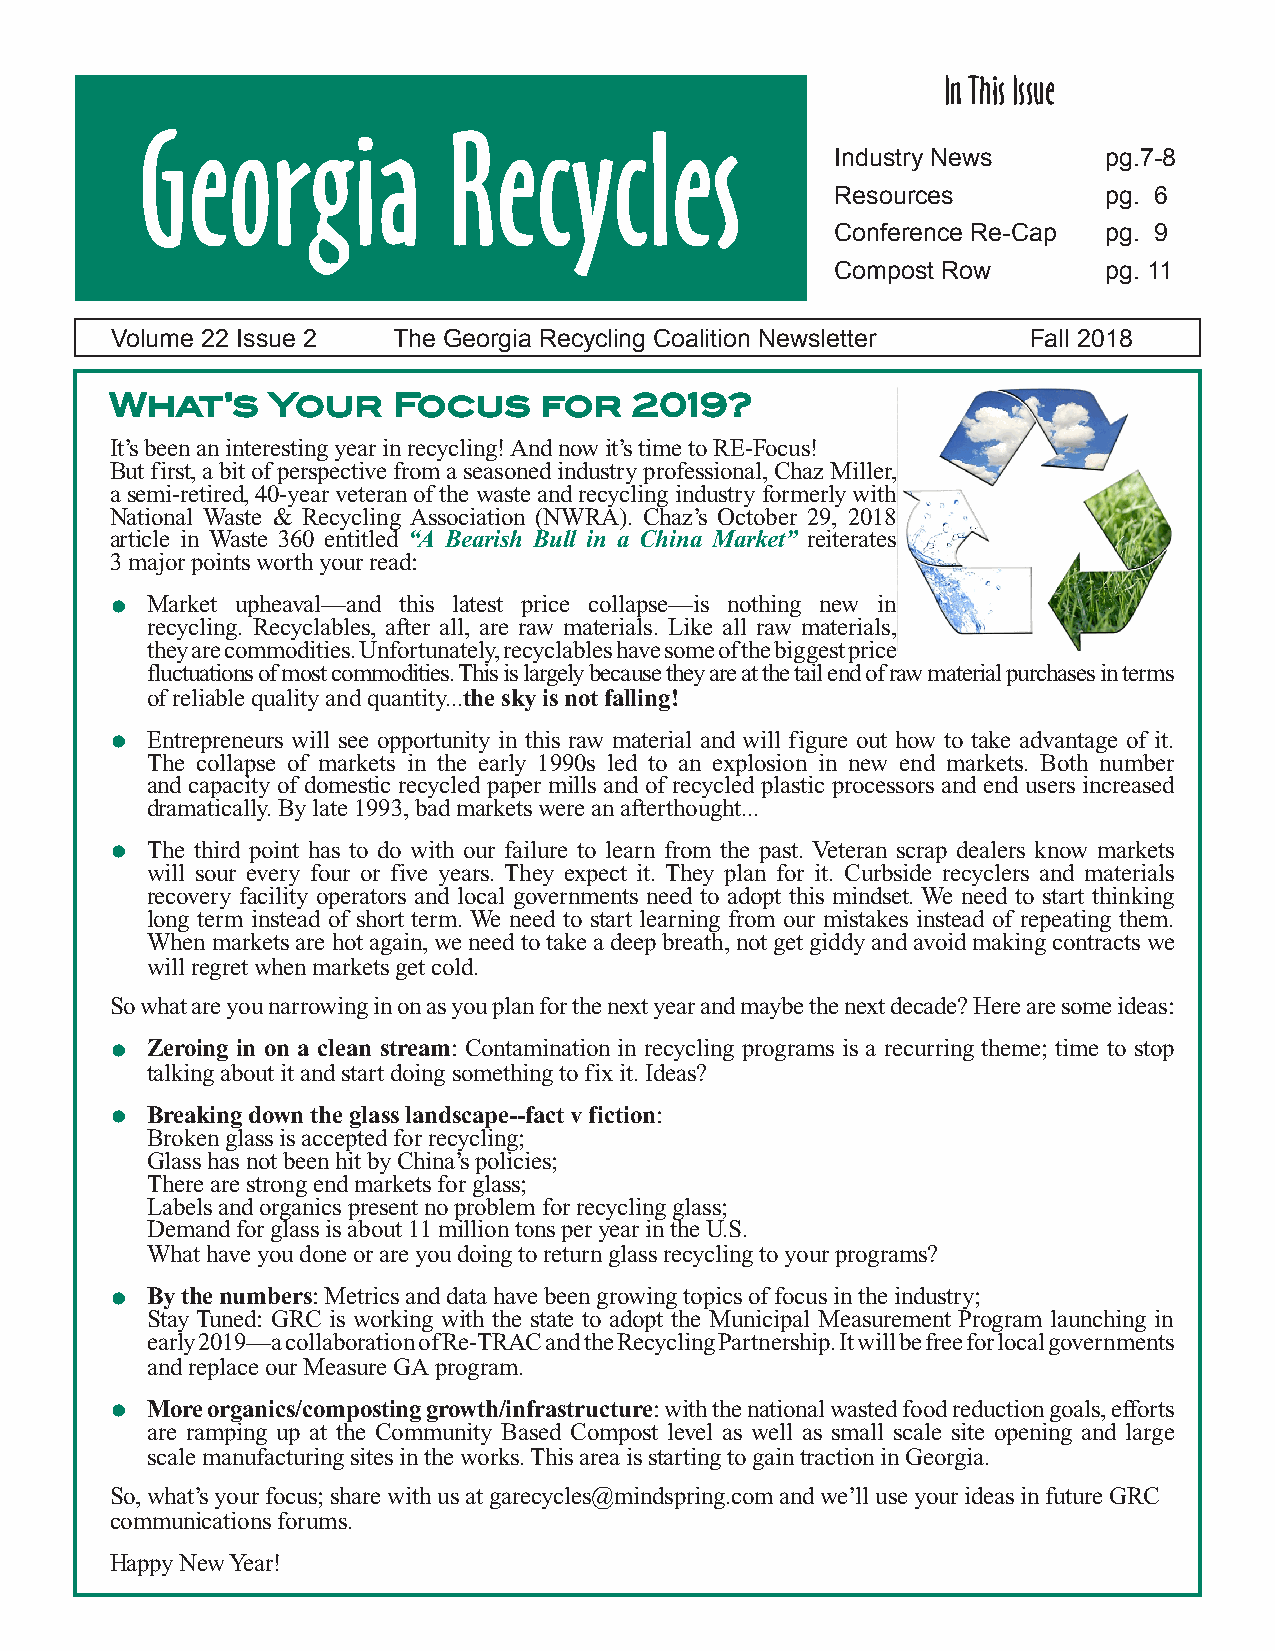
In This Issue
 Georgia              Recycles
 Industry News     pg. 7-8
 Resources         pg. 6
 Conference Re-Cap pg. 9
 Compost Row       pg. 11
 Volume 22 Issue 2  The Georgia Recycling Coalition Newsletter Fall 2018
 What’s     Your    Focus     for   2019?
 It’s been an interesting year in recycling! And now it’s time to RE-Focus!
 But first, a bit of perspective from a seasoned industry professional, Chaz Miller,
 a semi-retired, 40-year veteran of the waste and recycling industry formerly with
 National Waste & Recycling Association (NWRA). Chaz’s October 29, 2018
 article in Waste 360 entitled “A Bearish Bull in a China Market” reiterates
 3 major points worth your read:
 •
 Market upheaval—and this latest price collapse—is nothing new in
 recycling. Recyclables, after all, are raw materials. Like all raw materials,
 they are commodities. Unfortunately, recyclables have some of the biggest price
 fluctuations of most commodities. This is largely because they are at the tail end of raw material purchases in terms
 of reliable quality and quantity...the sky is not falling!
 •
 Entrepreneurs will see opportunity in this raw material and will figure out how to take advantage of it.
 The collapse of markets in the early 1990s led to an explosion in new end markets. Both number
 and capacity of domestic recycled paper mills and of recycled plastic processors and end users increased
 dramatically. By late 1993, bad markets were an afterthought...
 •
 The third point has to do with our failure to learn from the past. Veteran scrap dealers know markets
 will sour every four or five years. They expect it. They plan for it. Curbside recyclers and materials
 recovery facility operators and local governments need to adopt this mindset. We need to start thinking
 long term instead of short term. We need to start learning from our mistakes instead of repeating them.
 When markets are hot again, we need to take a deep breath, not get giddy and avoid making contracts we
 will regret when markets get cold.
 So what are you narrowing in on as you plan for the next year and maybe the next decade? Here are some ideas:
 •
 Zeroing in on a clean stream: Contamination in recycling programs is a recurring theme; time to stop
 talking about it and start doing something to fix it. Ideas?
 •
 Breaking down the glass landscape--fact v fiction:
 Broken glass is accepted for recycling;
 Glass has not been hit by China’s policies;
 There are strong end markets for glass;
 Labels and organics present no problem for recycling glass;
 Demand for glass is about 11 million tons per year in the U.S.
 What have you done or are you doing to return glass recycling to your programs?
 •
 By the numbers: Metrics and data have been growing topics of focus in the industry;
 Stay Tuned: GRC is working with the state to adopt the Municipal Measurement Program launching in
 early 2019—a collaboration of Re-TRAC and the Recycling Partnership. It will be free for local governments
 and replace our Measure GA program.
 •
 More organics/composting growth/infrastructure: with the national wasted food reduction goals, efforts
 are ramping up at the Community Based Compost level as well as small scale site opening and large
 scale manufacturing sites in the works. This area is starting to gain traction in Georgia.
 So, what’s your focus; share with us at garecycles@mindspring.com and we’ll use your ideas in future GRC
 communications forums.
 Happy New Year!